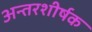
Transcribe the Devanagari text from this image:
अन्तरशीर्षक